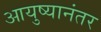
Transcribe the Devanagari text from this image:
आयुष्यानंतर